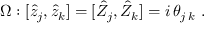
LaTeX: \Omega : [ \hat { z } _ { j } , \hat { z } _ { k } ] = [ \hat { Z } _ { j } , \hat { Z } _ { k } ] = i \, \theta _ { j \, k } ~ .